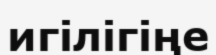
игілігіңе